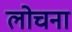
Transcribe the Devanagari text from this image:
लोचना